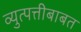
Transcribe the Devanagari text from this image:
व्युत्पत्तीबाबत